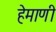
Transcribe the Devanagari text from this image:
हेमाणी